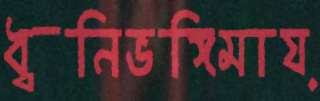
ধ্বনিভঙ্গিমায়